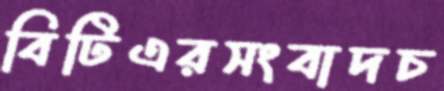
বিটিএরসংবাদচ